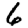
Digit: 6